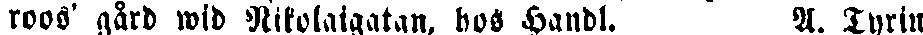
roos' gård wid Nikolaigatan, bos Handl. A. Tyrin.